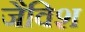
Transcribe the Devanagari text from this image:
जैविश